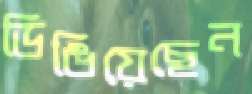
ডিঙিয়েছেন